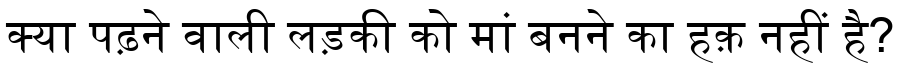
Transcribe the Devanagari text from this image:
क्या पढ़ने वाली लड़की को मां बनने का हक़ नहीं है?